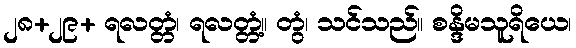
၂၈+၂၉+ ရလတ္တံ၊ ရလတ္တံ့။ တွံ၊ သင်သည်။ စန္ဒိမသူရိယေ၊